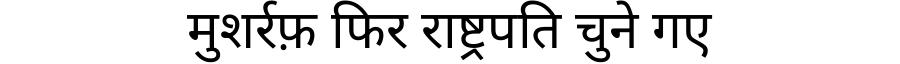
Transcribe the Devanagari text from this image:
मुशर्रफ़ फिर राष्ट्रपति चुने गए